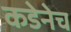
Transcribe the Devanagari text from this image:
कडेनेच